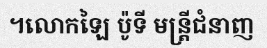
។លោកឡៃ ប៉ូទី មន្ត្រីជំនាញ